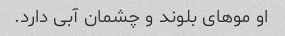
او موهای بلوند و چشمان آبی دارد.